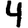
Digit: 4